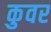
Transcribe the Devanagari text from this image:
कुवर